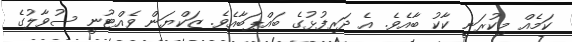
ކަމެއް މިކުރަނީ ކާކު ބާއެވެ. އެ ދަރިފުޅުގެ ބައްޕަބާއެވެ. ޒަކްޔަން ވެއްޓުނީ ސުވާލުގެ